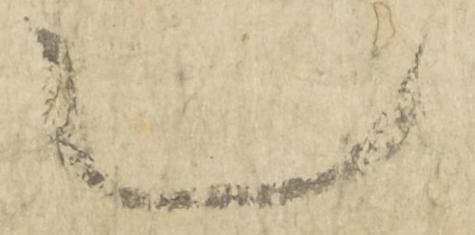
也